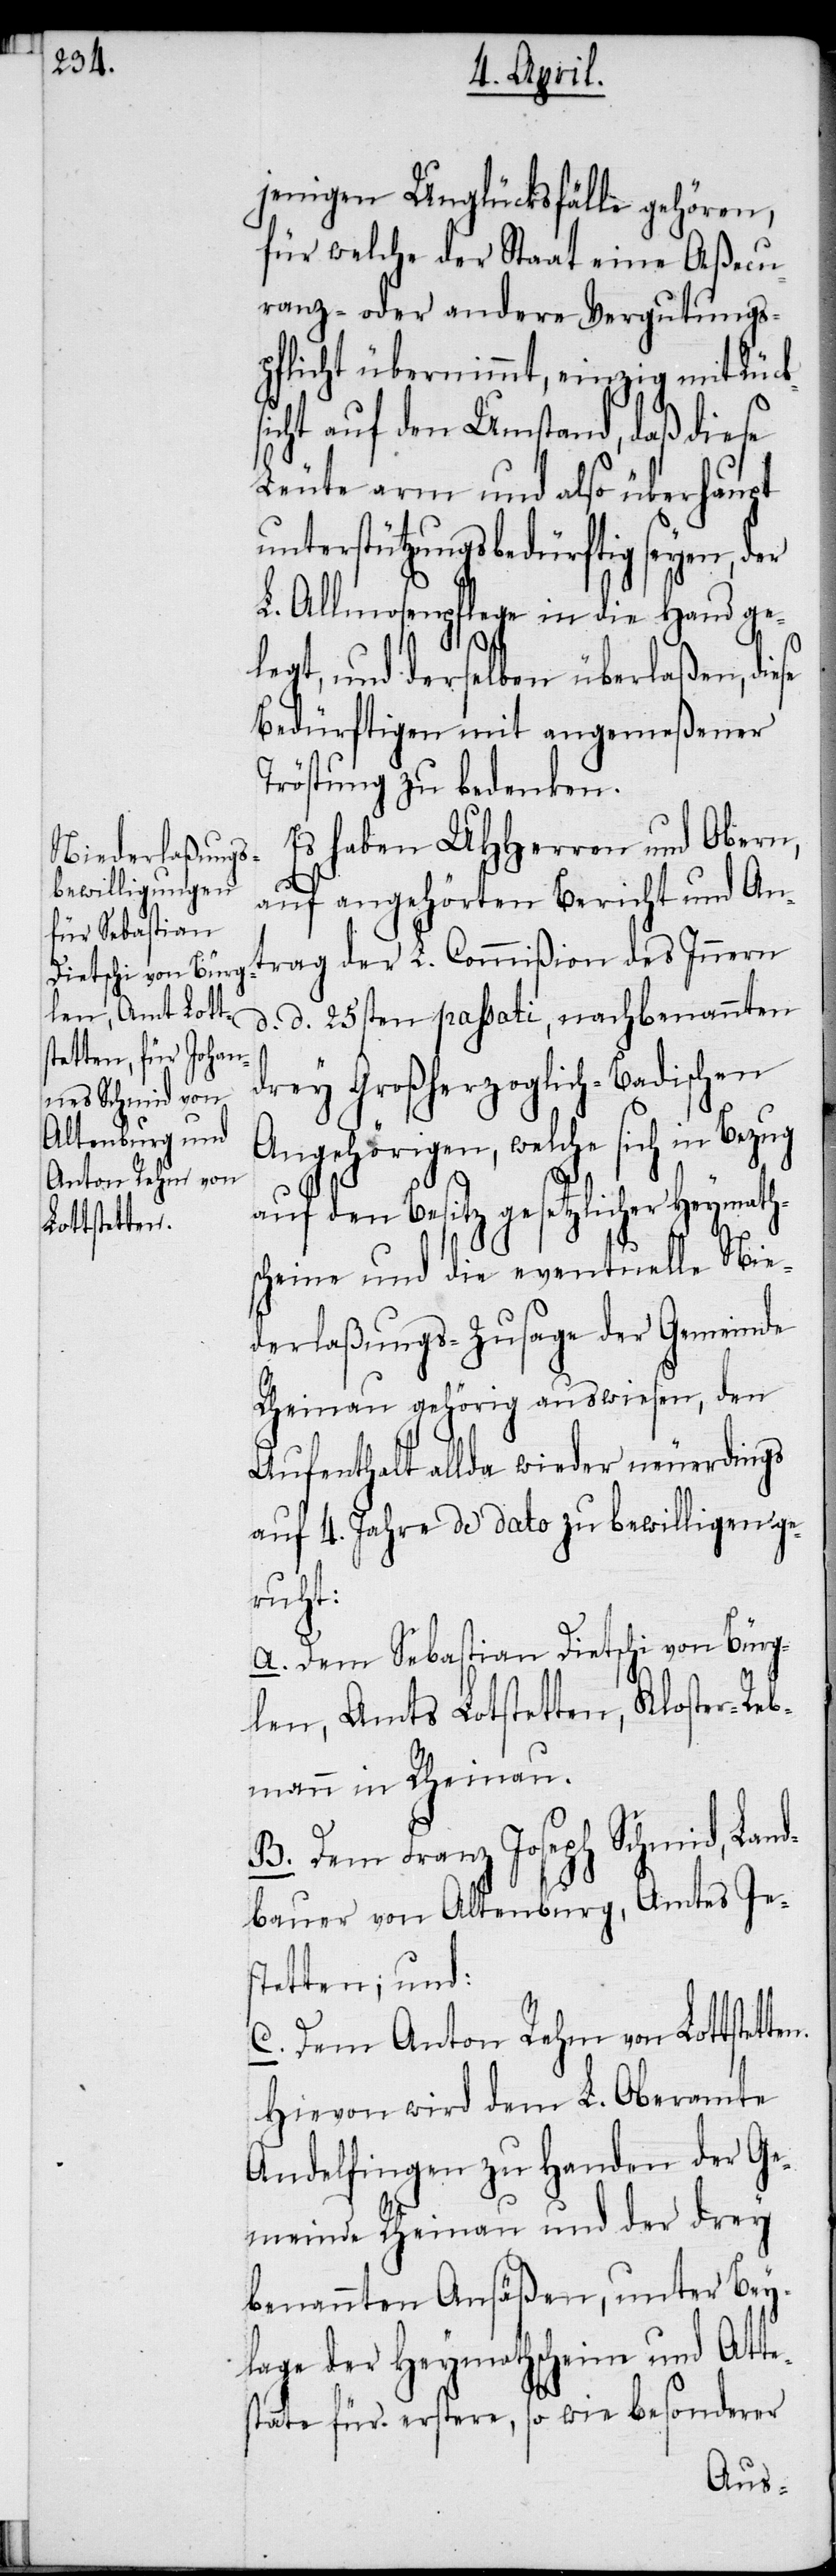
Anton Rehm von
Lottstetten.

jenigen Unglücksfälle gehören,
für welche der Staat eine Aßecu¬
ranz- oder andere Vergutungs¬
pflicht übernimmt, einzig mit Rücks¬
icht auf den Umstand, daß diese
Leute arm und also überhaupt
unterstützungsbedürftig seyen, der
L. Allmosenpflege in die Hand ge¬
legt, und derselben überlaßen, diese
Bedürftigen mit angemeßener
Tröstung zu bedenken.
Es haben UHHerren und Obern,
auf angehörten Bericht und An¬
trag der L. Commißion des Innern
d. d. 25sten passati, nachbenannten
drey Großherzoglich-Badischen
Angehörigen, welche sich in Bezug
auf den Besitz gesetzlicher Heymath¬
scheine und die eventuelle Nie¬
derlaßungs-Zusage der Gemeinde
Rheinau gehörig auswiesen, den
Aufenthalt allda wieder neuerdings
auf 4. Jahre de dato zu bewilligen ge¬
ruht:
A. Dem Sebastian Dietschi von Bürg¬
len, Amts Lotstetten, Kloster-Reb¬
mann in Rheinau.
B. Dem Franz Joseph Schmid, Land¬
bauer von Altenburg, Amtes Jes¬
tetten; und:
Hievon wird dem L. Oberamte
Andelfingen zu Handen der Ge¬
meinde Rheinau und der drey
benannten Ansäßen, unter Bey¬
lage der Heymathscheine und Atte¬
state für erstere, so wie besonderer